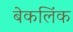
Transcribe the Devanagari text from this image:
बेकलिंक